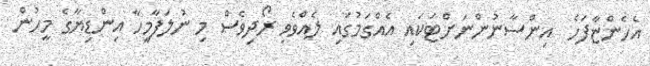
އެހެންޏާފަހެ  އިންސާނުންނަށްޓަކައި އެއްގަމުގައި ލެއްވެވި ރޯދިވެސް މި ނުލަފާމީހާ އިންޑިޔާގެ މީހުން